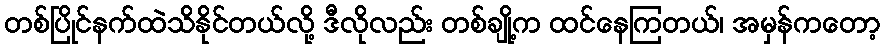
တစ်ပြိုင်နက်ထဲသိနိုင်တယ်လို့ ဒီလိုလည်း တစ်ချို့က ထင်နေကြတယ်၊ အမှန်ကတော့